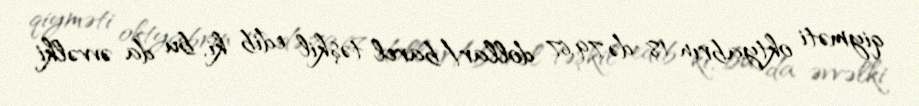
qiyməti oktyabrın 18-də 79,67 dollar/barel təşkil edib ki, bu da əvvəlki